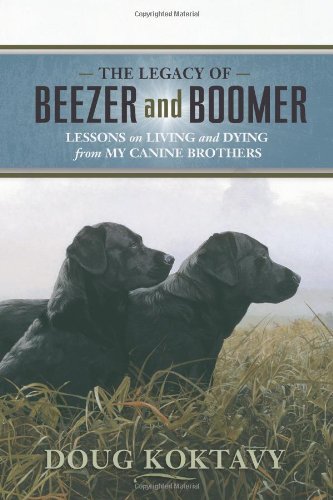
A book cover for The Legacy of Beezer and Boomer: Lessons on Living and Dying from My Canine Brothers; Doug Koktavy; Crafts, Hobbies & Home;